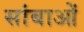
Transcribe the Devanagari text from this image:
सांबाओं